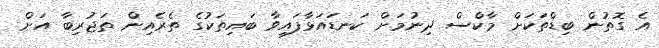
އެ ގޮތުން ބިޑްތަކަށް މާކްސް ދިނުމަށް ކަނޑައަޅާފައިވާ ބައިތަކުގެ ތެރެއިން ތަޖުރިބާ އަށް